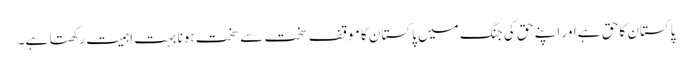
پاکستان کا حق ہے اور اپنے حق کی جنگ میں پاکستان کا موقف سخت سے سخت ہونا بہت اہمیت رکھتا ہے۔